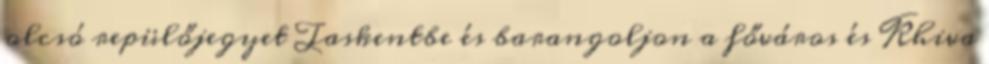
olcsó repülőjegyet Taskentbe és barangoljon a főváros és Khiva